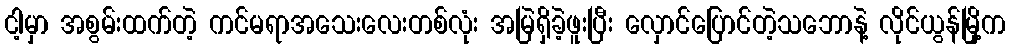
ငါ့မှာ အစွမ်းထက်တဲ့ ကင်မရာအသေးလေးတစ်လုံး အမြဲရှိခဲ့ဖူးပြီး လှောင်ပြောင်တဲ့သဘောနဲ့ လိုင်ယွန်မြို့က